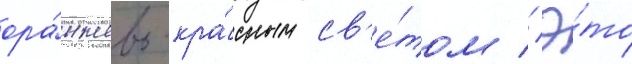
ора́нжево-кра́сным св'е́том // Э́то